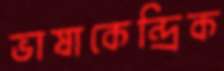
ভাষাকেন্দ্রিক